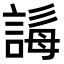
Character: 𧩒